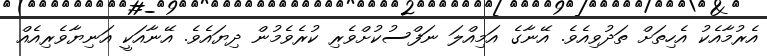
އެރުމާއެކު އެހިތަށް ތަދުވިއެވެ. އޭނާގެ އަމިއްލަ ނަފްސުކުށްވެރި ކުރެވެމުން ދިޔައެވެ. އޭނާއަކީ އަނިޔާވެރިއެއް